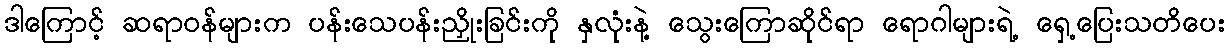
ဒါကြောင့် ဆရာဝန်များက ပန်းသေပန်းညှိုးခြင်းကို နှလုံးနဲ့ သွေးကြောဆိုင်ရာ ရောဂါများရဲ့ ရှေ့ပြေးသတိပေး